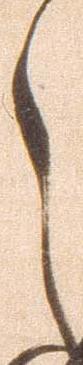
之